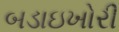
બડાઇખોરી